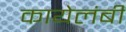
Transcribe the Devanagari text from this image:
कायेलंबी